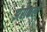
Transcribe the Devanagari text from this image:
झेरीकर्ल्ड